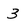
Character: 3